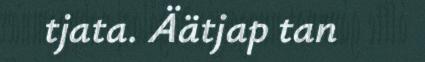
tjata. Äätjap tan